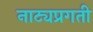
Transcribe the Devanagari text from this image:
नाट्यप्रगती